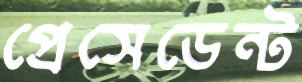
প্রেসেডেন্ট